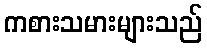
ကစားသမားများသည်